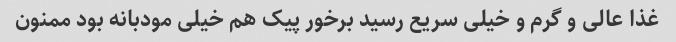
غذا عالی و گرم و خیلی سریع رسید برخور پیک هم خیلی مودبانه بود ممنون